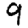
Digit: 9